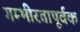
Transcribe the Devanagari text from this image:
गम्भीरतापूर्वक